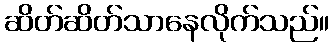
ဆိတ်ဆိတ်သာနေလိုက်သည်။